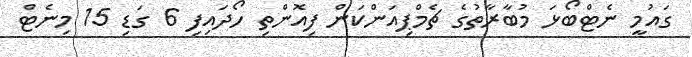
ގައުމީ ނެޓްބޯޅަ މުބާރާތުގެ ޗެމްޕިއަންކަން ފިއޮންތި ހޯދައިފި 6 ގަޑި 15 މިނެޓް